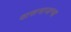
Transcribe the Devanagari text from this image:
वासनाजन्य